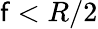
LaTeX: \mathsf{f}<R/2